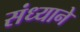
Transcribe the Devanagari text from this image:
संध्याने